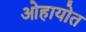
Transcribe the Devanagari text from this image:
ओहायोत